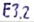
Text: E3.2